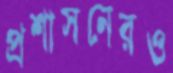
প্রশাসনেরও